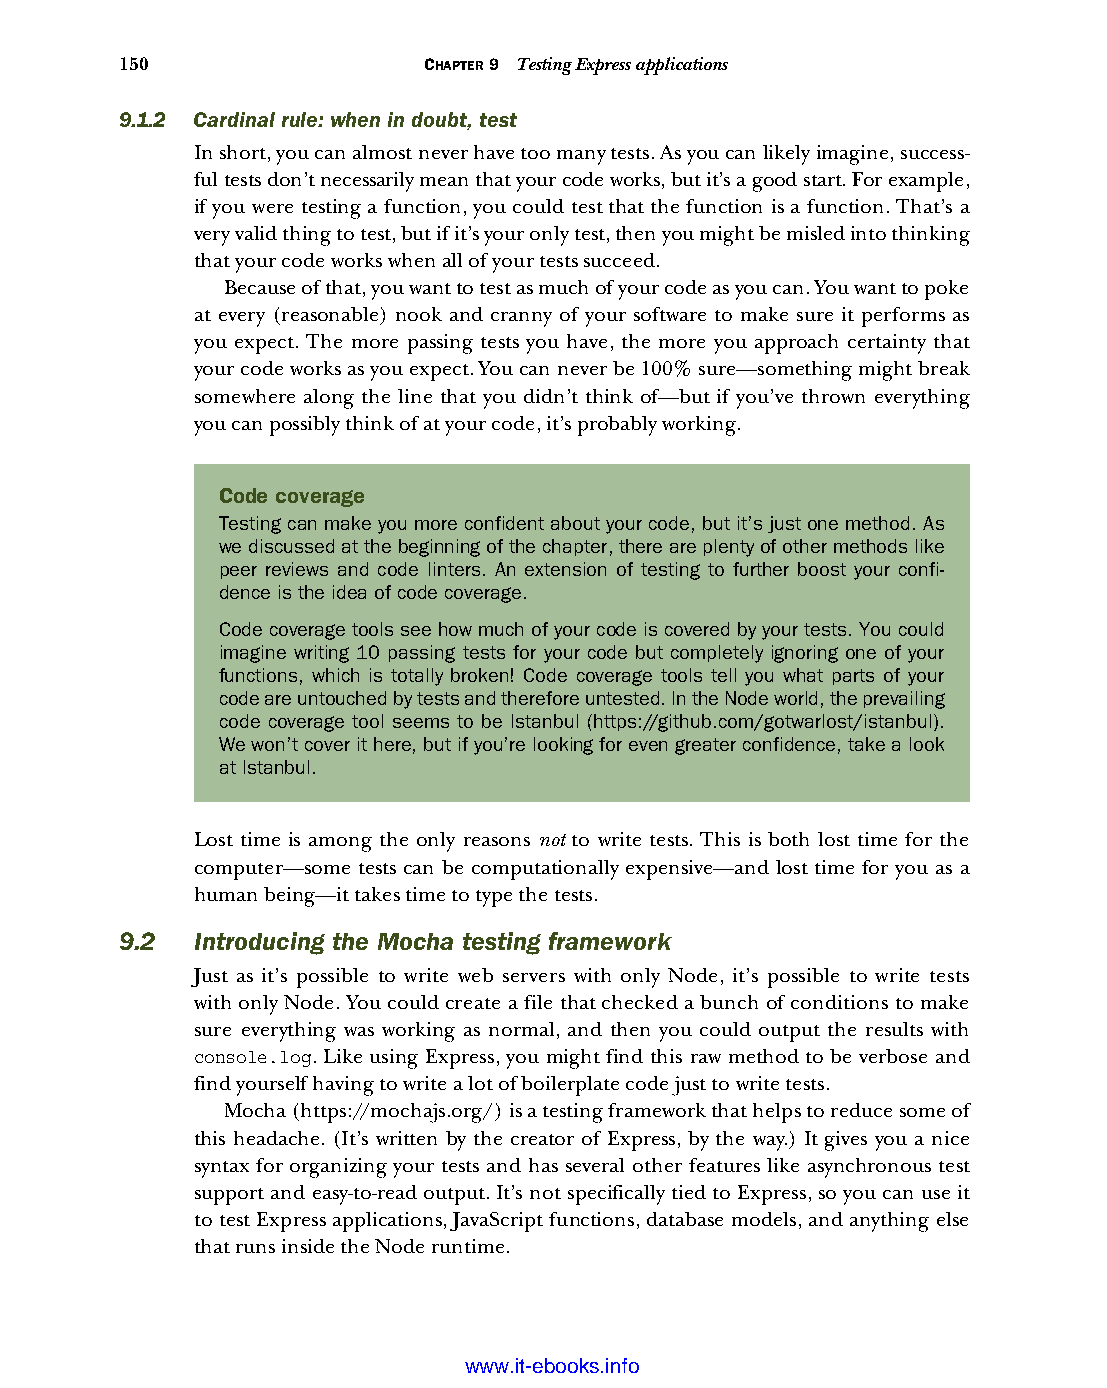
150                 CHAPTER 9 Testing Express applications
 9.1.2 Cardinal rule: when in doubt, test
 In short, you can almost never have too many tests. As you can likely imagine, success-
 ful tests don’t necessarily mean that your code works, but it’s a good start. For example,
 if you were testing a function, you could test that the function is a function. That’s a
 very valid thing to test, but if it’s your only test, then you might be misled into thinking
 that your code works when all of your tests succeed.
 Because of that, you want to test as much of your code as you can. You want to poke
 at every (reasonable) nook and cranny of your software to make sure it performs as
 you expect. The more passing tests you have, the more you approach certainty that
 your code works as you expect. You can never be 100% sure—something might break
 somewhere along the line that you didn’t think of—but if you’ve thrown everything
 you can possibly think of at your code, it’s probably working.
 Code coverage
 Testing can make you more confident about your code, but it’s just one method. As
 we discussed at the beginning of the chapter, there are plenty of other methods like
 peer reviews and code linters. An extension of testing to further boost your confi-
 dence is the idea of code coverage.
 Code coverage tools see how much of your code is covered by your tests. You could
 imagine writing 10 passing tests for your code but completely ignoring one of your
 functions, which is totally broken! Code coverage tools tell you what parts of your
 code are untouched by tests and therefore untested. In the Node world, the prevailing
 code coverage tool seems to be Istanbul (https://github.com/gotwarlost/istanbul).
 We won’t cover it here, but if you’re looking for even greater confidence, take a look
 at Istanbul.
 Lost time is among the only reasons not to write tests. This is both lost time for the
 computer—some tests can be computationally expensive—and lost time for you as a
 human being—it takes time to type the tests.
 9.2  Introducing the Mocha testing framework
 Just as it’s possible to write web servers with only Node, it’s possible to write tests
 with only Node. You could create a file that checked a bunch of conditions to make
 sure everything was working as normal, and then you could output the results with
 console.log. Like using Express, you might find this raw method to be verbose and
 find yourself having to write a lot of boilerplate code just to write tests.
 Mocha (https://mochajs.org/) is a testing framework that helps to reduce some of
 this headache. (It’s written by the creator of Express, by the way.) It gives you a nice
 syntax for organizing your tests and has several other features like asynchronous test
 support and easy-to-read output. It’s not specifically tied to Express, so you can use it
 to test Express applications, JavaScript functions, database models, and anything else
 that runs inside the Node runtime.
 Licensed wtow w <.mit-ielebro.8o8k8s@.ingfomail.com>